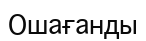
Ошағанды